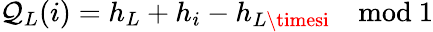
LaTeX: \mathcal{Q}_{L}(i)=h_{L}+h_{i}-h_{L\timesi}\quad\mathrm{{mod}}\ 1